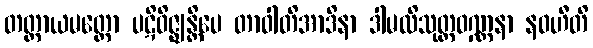
တတ္ထာယမတ္ထော ပဋိဝိဇ္ဈန္တိပေ တာဝါတိအာဒိနာ ဒါမလိသုတ္တဝဏ္ဏနာ နဝဟီတိ